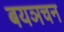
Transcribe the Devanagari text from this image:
बयञचन